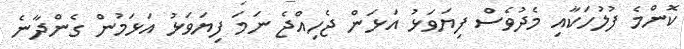
ކޮންމެ ފުލުހަކާއި މެދުވެސް ފިޔަވަޅު އަޅަން ޖެހިއްޖެ ނަމަ ފިޔަވަޅު އަޅަމުން ގެންދާނެ